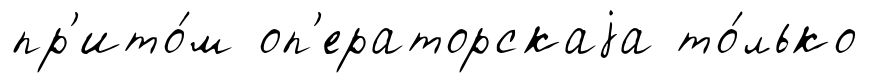
пр'ито́м оп'ераторскаjа то́лько